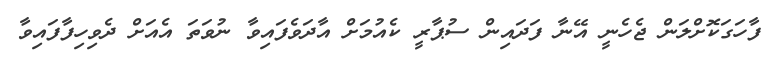
ފާހަގަކޮށްލަން ޖެހެނީ އޭނާ ފަދައިން ސުޕާރީ ކެއުމަށް އާދަވެފައިވާ ނުވަތަ އެއަށް ދެވިހިފާފައިވާ